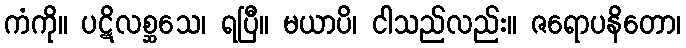
ကံကို။ ပဋိလစ္ဆသေ၊ ရပြီ။ မယာပိ၊ ငါသည်လည်း။ ဇရောပနိတော၊